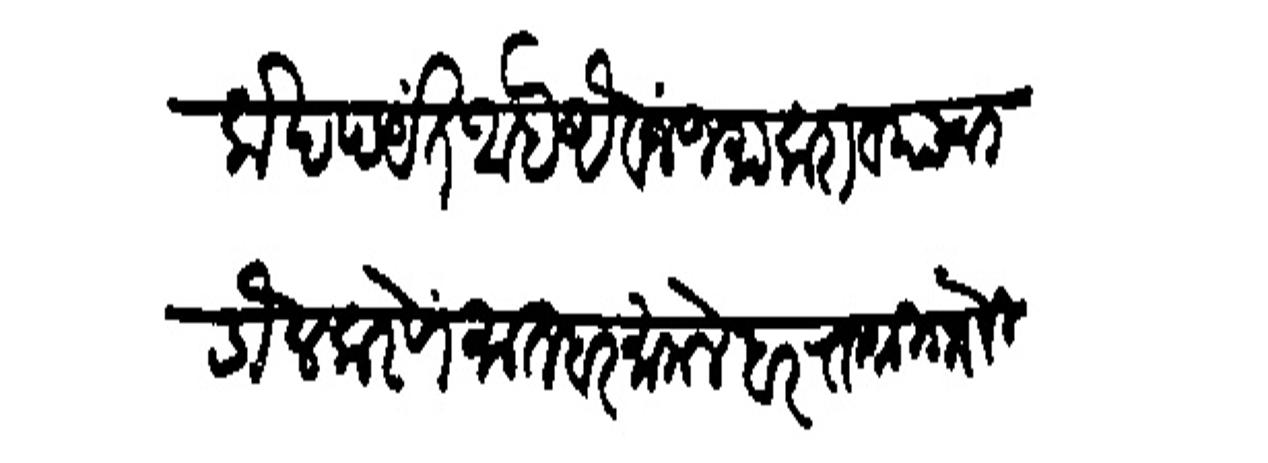
Transliteration (Devanagari): लाखपर्यत आहे ऐवज जमा करावयाचा डोल करणें मातबर मामलेदार राजश्री गोविंद